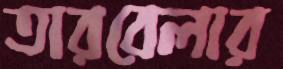
তারবেলার